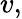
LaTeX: v,